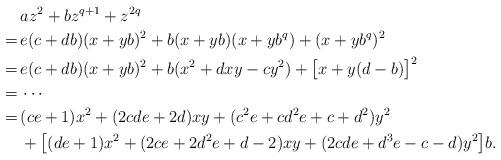
LaTeX: \begin{align*}&az^2+bz^{q+1}+z^{2q}\cr=\,&e(c+db)(x+yb)^2+b(x+yb)(x+yb^q)+(x+yb^q)^2\cr=\,&e(c+db)(x+yb)^2+b(x^2+dxy-cy^2)+\bigl[x+y(d-b)\bigr]^2\cr=\,&\cdots\quad\cr=\,&(ce+1)x^2+(2cde+2d)xy+(c^2e+cd^2e+c+d^2)y^2\cr&+\bigl[(de+1)x^2+(2ce+2d^2e+d-2)xy+(2cde+d^3e-c-d)y^2\bigr]b.\end{align*}